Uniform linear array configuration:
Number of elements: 16
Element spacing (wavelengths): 0.5
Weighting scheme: blackman
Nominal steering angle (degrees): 45
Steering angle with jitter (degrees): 45.603
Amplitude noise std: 0.05
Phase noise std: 0.05

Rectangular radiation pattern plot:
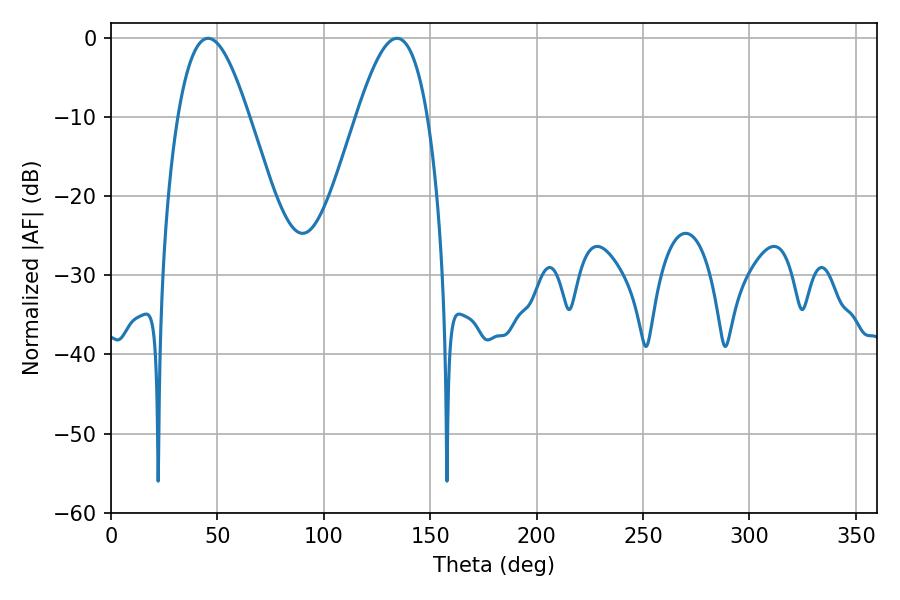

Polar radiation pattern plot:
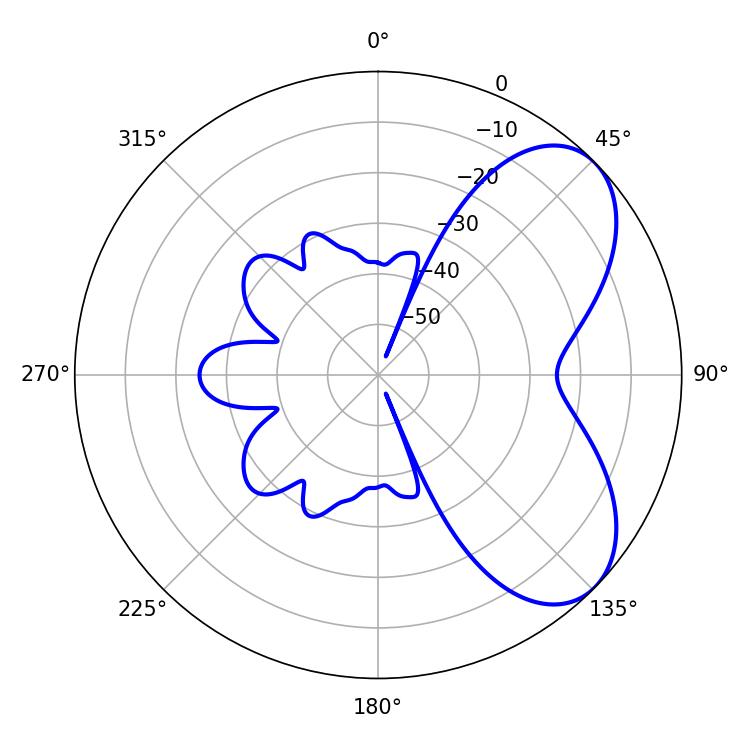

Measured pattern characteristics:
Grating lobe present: FALSE
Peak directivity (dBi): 6.027
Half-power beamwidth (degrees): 18.18
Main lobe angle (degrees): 45.54